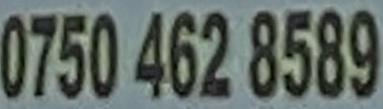
0750 462 8589